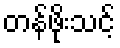
တန်ဖိုးသင့်